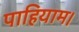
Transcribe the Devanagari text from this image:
पाहियाम।